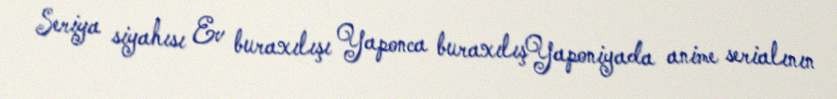
Seriya siyahısı Ev buraxılışı Yaponca buraxılışYaponiyada anime serialının